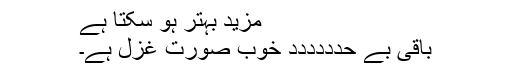
مزید بہتر ہو سکتا ہے
باقی بے حدددددد خوب صورت غزل ہے۔